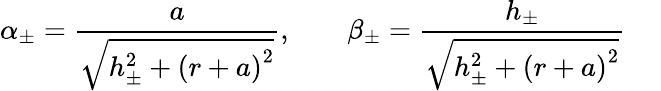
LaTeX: \alpha_{\pm}=\frac{a}{\sqrt{h_{\pm}^{2}+\left(r+a\right)^{2}}},\ \ \ \, \ \ \ \ \beta_{\pm}=\frac{h_{\pm}}{\sqrt{h_{\pm}^{2}+\left(r+a\right)^{2}}}\ \ \ \ \